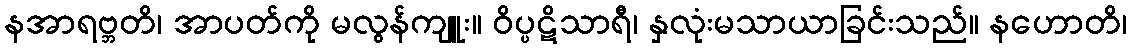
နအာရဗ္ဘတိ၊ အာပတ်ကို မလွန်ကျူး။ ဝိပ္ပဋိသာရီ၊ နှလုံးမသာယာခြင်းသည်။ နဟောတိ၊